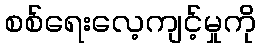
စစ်ရေးလေ့ကျင့်မှုကို